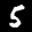
Label: 5